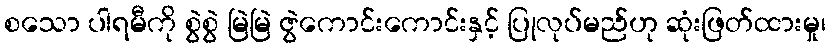
စသော ပါရမီကို စွဲစွဲ မြဲမြဲ ဇွဲကောင်းကောင်းနှင့် ပြုလုပ်မည်ဟု ဆုံးဖြတ်ထားမှု၊